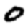
Digit: 0